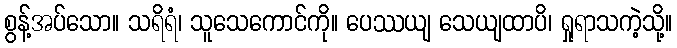
စွန့်အပ်သော။ သရိရံ၊ သူသေကောင်ကို။ ပေဿယျ သေယျထာပိ၊ ရှုရာသကဲ့သို့။